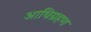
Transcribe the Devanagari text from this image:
आधिग्रहण